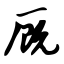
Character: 厩